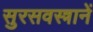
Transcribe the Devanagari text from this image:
सुरसवस्त्रानें